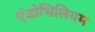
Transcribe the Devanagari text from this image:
एंडोथिलियम